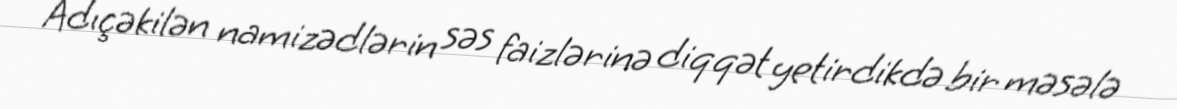
Adıçəkilən namizədlərin səs faizlərinə diqqət yetirdikdə bir məsələ